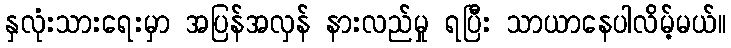
နှလုံးသားရေးမှာ အပြန်အလှန် နားလည်မှု ရပြီး သာယာနေပါလိမ့်မယ်။